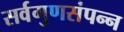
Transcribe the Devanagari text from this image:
सर्वगुणसंपन्‍न